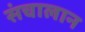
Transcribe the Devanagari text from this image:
संचालान